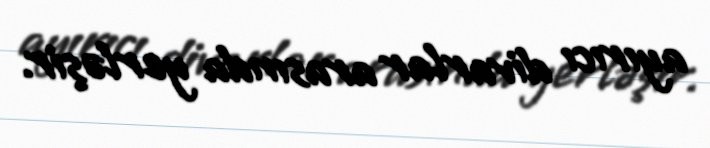
ayırıcı divarlar arasında yerləşir.